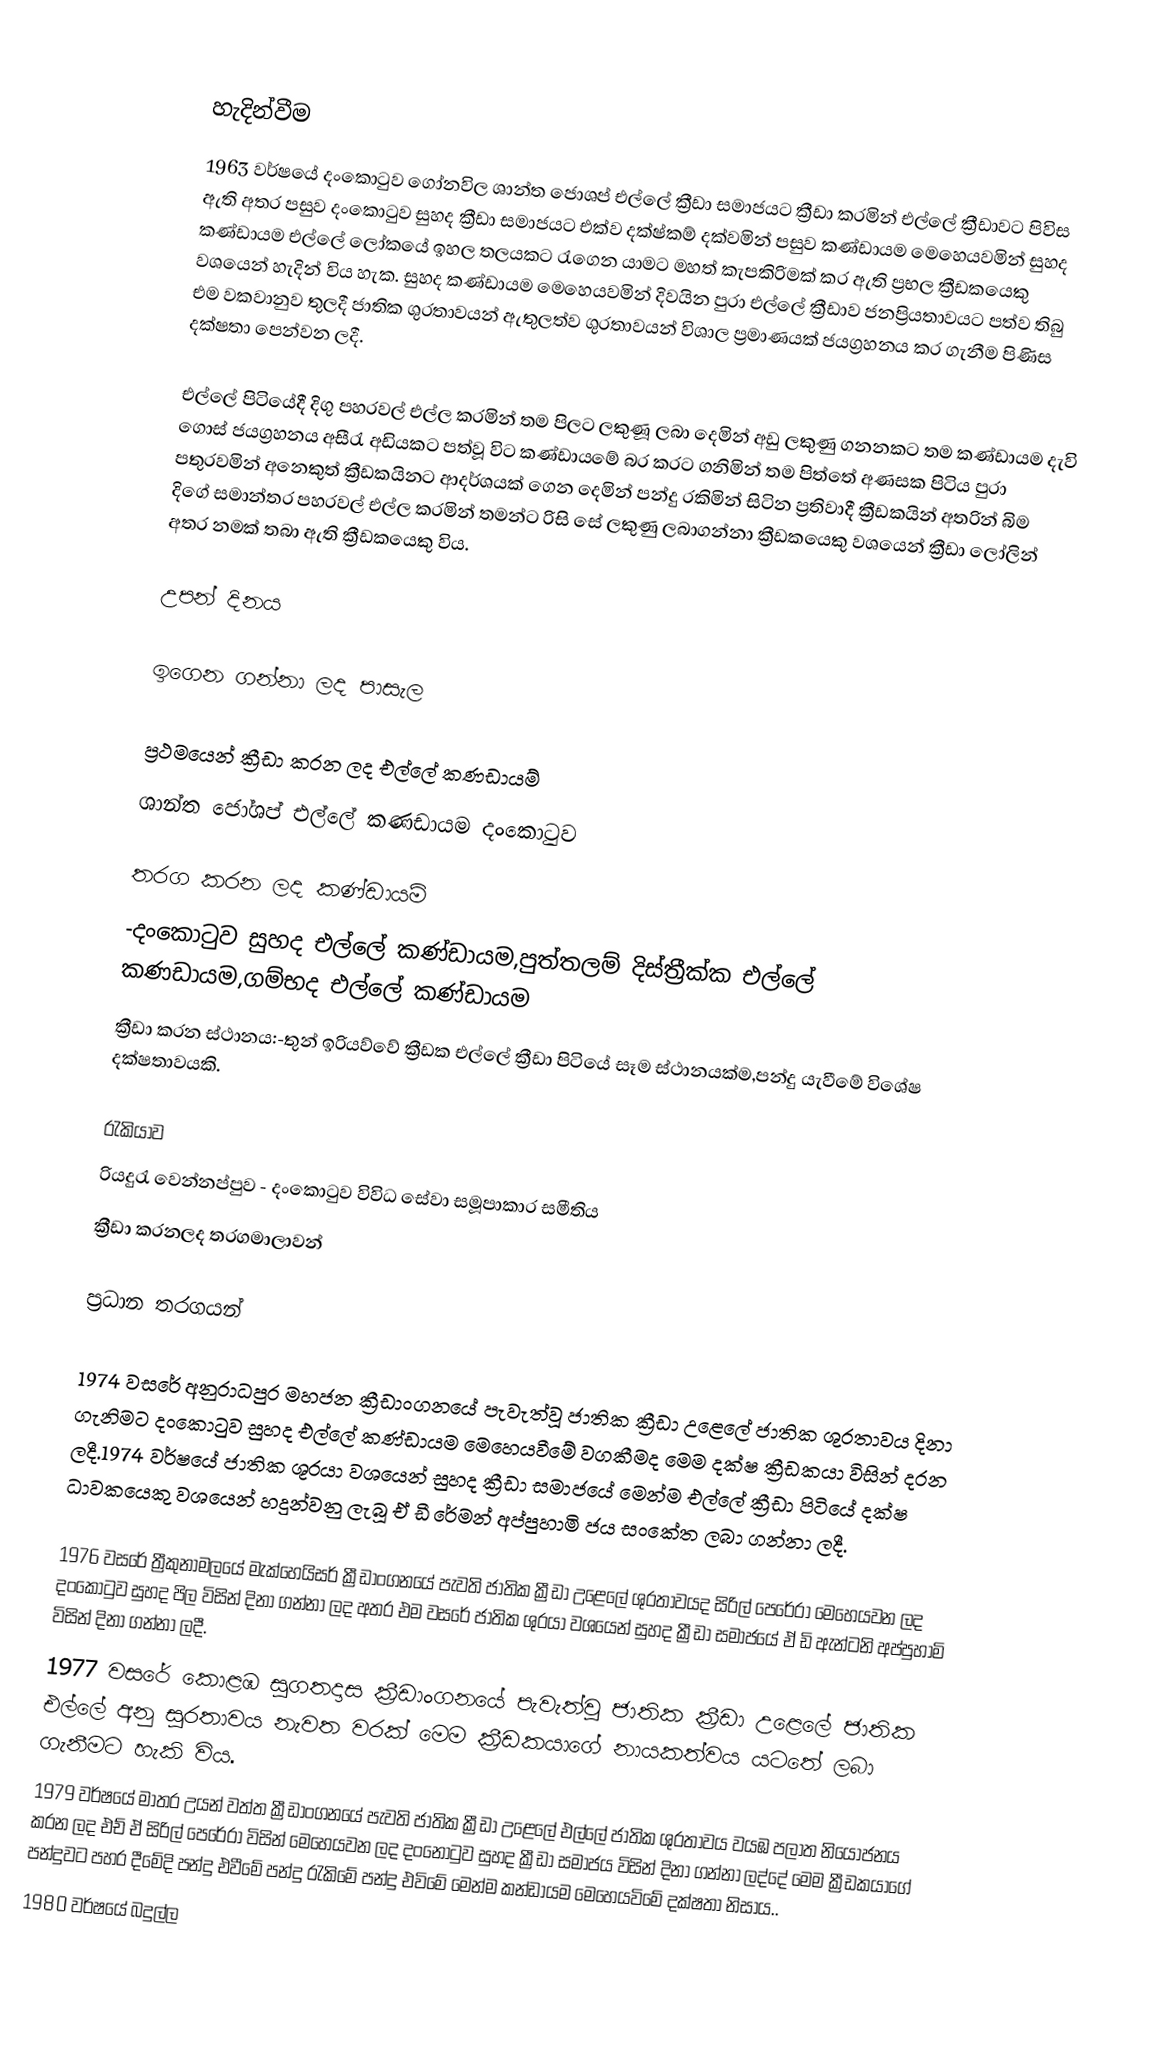

හැදින්වීම
1963 වර්ෂයේ දංකොටුව ගෝනවිල ශාන්ත	ජොශප් එල්ලේ ක්‍රීඩා සමාජයට ක්‍රීඩා කරමින් එල්ලේ ක්‍රීඩාවට පිවිස ඇති අතර පසුව දංකොටුව සුහද ක්‍රීඩා සමාජයට එක්ව දක්ෂ්කම් දක්වමින් පසුව කණ්ඩායම මෙහෙයවමින් සුහද කණ්ඩායම එල්ලේ ලෝකයේ ඉහල තලයකට රැගෙන යාමට මහත් කැපකිරිමක් කර ඇති ප්‍රභල ක්‍රීඩකයෙකු වශයෙන් හැදින් විය හැක. සුහද කණ්ඩායම මෙහෙයවමින් දිවයින පුරා එල්ලේ ක්‍රීඩාව ජනප්‍රියතාවයට පත්ව තිබු එම වකවානුව තුලදී ජාතික ශුරතාවයන් ඇතුලත්ව ශුරතාවයන් විශාල ප්‍රමාණයක් ජයග්‍රහනය කර ගැනීම පිණිස දක්ෂතා පෙන්වන ලදී.

එල්ලේ පිටියේදී දිගු පහරවල් එල්ල කරමින් තම පිලට ලකුණූ ලබා දෙමින් අඩු ලකුණු ගනනකට තම කණ්ඩායම දැවි ගොස් ජයග්‍රහනය අසීරැ අඩියකට පත්වූ විට කණ්ඩායමේ බර කරට ගනිමින් තම පිත්තේ අණසක පිටිය පුරා පතුරවමින් අනෙකුත් ක්‍රීඩකයිනට ආදර්ශයක් ගෙන දෙමින් පන්දු රකිමින් සිටින ප්‍රතිවාදී ක්‍රීඩකයින් අතරින් බිම දිගේ සමාන්තර පහරවල් එල්ල කරමින් තමන්ට රිසි සේ ලකුණු ලබාගන්නා ක්‍රීඩකයෙකු වශයෙන් ක්‍රීඩා ලෝලින් අතර නමක් තබා ඇති ක්‍රීඩකයෙකු විය.

උපන් දිනය

ඉගෙන ගන්නා ලද පාසැල

ප්‍රථමයෙන් ක්‍රීඩා කරන ලද එල්ලේ කණඩායම්
ශාන්ත ජෝශප් එල්ලේ කණඩායම දංකොටුව

තරග කරන ලද කණ්ඩායම්
-දංකොටුව සුහද එල්ලේ කණ්ඩායම,පුත්තලම් දිස්ත්‍රීක්ක එල්ලේ කණඩායම,ගම්භද එල්ලේ කණ්ඩායම
ක්‍රීඩා කරන ස්ථානය:-තුන් ඉරියව්වේ ක්‍රීඩක එල්ලේ ක්‍රීඩා පිටියේ සෑම ස්ථානයක්ම,පන්දු යැවීමේ විශේෂ දක්ෂතාවයකි.

රැකියාව
රියදුරැ වෙන්නප්පුව - දංකොටුව විවිධ සේවා සමූපාකාර සමීතිය
ක්‍රීඩා කරනලද තරගමාලාවන්

ප්‍රධාන තරගයන්

1974 වසරේ අනුරාධපුර මහජන ක්‍රීඩාංගනයේ පැවැත්වූ ජාතික ක්‍රීඩා උළෙලේ ජාතික ශුරතාවය දිනා ගැනිමට දංකොටුව සුහද එල්ලේ කණ්ඩායම මෙහෙයවීමේ වගකීමද මෙම දක්ෂ ක්‍රීඩකයා විසින් දරන ලදී.1974 වර්ෂයේ ජාතික ශූරයා වශයෙන් සුහද ක්‍රීඩා සමාජයේ මෙන්ම එල්ලේ ක්‍රීඩා පිටියේ දක්ෂ ධාවකයෙකු වශයෙන් හදුන්වනු ලැබූ ඒ ඩී රේමන් අප්පුහාමි ජය සංකේත ලබා ගන්නා ලදී.

 1976 වසරේ ත්‍රීකුනාමලයේ මැක්හෙයිසර් ක්‍රීඩාංගනයේ පැවති ජාතික ක්‍රීඩා උළෙලේ ශුරතාවයද සිරිල් පෙරේරා මෙහෙයවන ලද දංකොටුව සුහද පිල විසින් දිනා ගන්නා ලද අතර එම වසරේ ජාතික ශුරයා වශයෙන් සුහද ක්‍රීඩා සමාජයේ ඒ ඩි ඇන්ටනි අප්පුහාමි විසින් දිනා ගන්නා ලදී.
 1977 වසරේ කොළඹ සුගතදාස ක්‍රීඩාංගනයේ පැවැත්වු ජාතික ක්‍රීඩා උළෙලේ ජාතික එල්ලේ අනු සුරතාවය නැවත වරක් මෙම ක්‍රීඩකයාගේ නායකත්වය යටතේ ලබා ගැනීමට හැකි විය.
 1979 වර්ෂයේ මාතර උයන් වත්ත ක්‍රීඩාංගනයේ පැවති ජාතික ක්‍රීඩා උළෙලේ එල්ලේ ජාතික ශුරතාවය වයඹ පලාත නියෝජනය කරන ලද එච් ඒ සිරිල් පෙරේරා විසින් මෙහෙයවන ලද දංනොටුව සුහද ක්‍රීඩා සමාජය විසින් දිනා ගන්නා ලද්දේ මෙම ක්‍රීඩකයාගේ පන්දුවට පහර දීමේදි පන්දු එවීමේ පන්දු රැකිමේ පන්දු එවිමේ මෙන්ම කන්ඩායම මෙහෙයවිමේ දක්ෂතා නිසාය..
 1980 වර්ෂයේ බදුල්ල